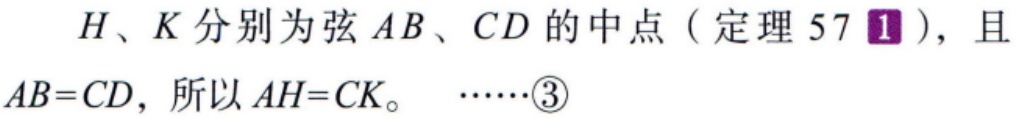
$H、K$分别为弦$AB、CD$的中点（定理$57\textcircled{1}$），且$AB = CD$，所以$AH = CK$。$\cdots\cdots\textcircled{3}$